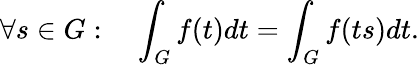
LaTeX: \forall s\in G:\quad\int_{G}f(t)dt=\int_{G}f(ts)dt.